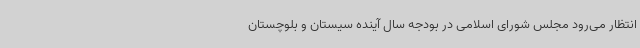
انتظار می‌رود مجلس شورای اسلامی در بودجه سال آینده سیستان و بلوچستان